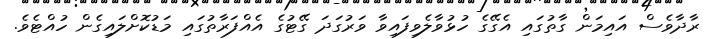
ރާދާވެސް އައިމަން ގާތުގައި އެގޭގެ ހުޅުވާލެވިފައިވާ ވަރުގަދަ ގޭޓުގެ އެއްފަރާތުގައި މަޑުކޮށްލައިގެން ހުއްޓެވެ.